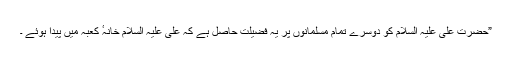
”حضرت علی علیہ السلام کو دوسرے تمام مسلمانوں پر یہ فضیلت حاصل ہے کہ علی علیہ السلام خانہٴ کعبہ میں پیدا ہوئے ۔